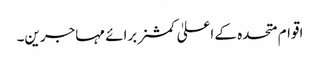
اقوام متحدہ کے اعلیٰ کمشنر برائے مہاجرین۔